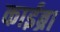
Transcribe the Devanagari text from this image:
काईब्रा